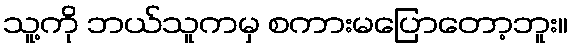
သူ့ကို ဘယ်သူကမှ စကားမပြောတော့ဘူး။